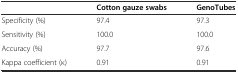
|  | Cotton gauze swabs | GenoTubes |
 | --- | --- | --- |
 | Specificity (%) | 97.4 | 97.3 |
 | Sensitivity (%) | 100.0 | 100.0 |
 | Accuracy (%) | 97.7 | 97.6 |
 | Kappa coefficient (κ) | 0.91 | 0.91 |